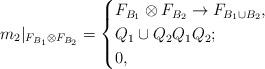
LaTeX: \begin{align*} m_2|_{F_{B_1}\otimes F_{B_2}} = \begin{cases} F_{B_1}\otimes F_{B_2}\to F_{B_1\cup B_2}, \\ Q_1\cup Q_2 Q_1 Q_2 ; \\ 0, \end{cases} \end{align*}